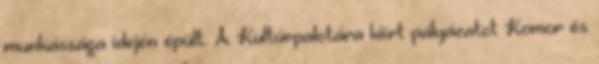
munkássága idején épült. A Kultúrpalotára kiírt pályázatot Komor és